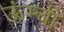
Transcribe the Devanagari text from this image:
ऊंम्ची